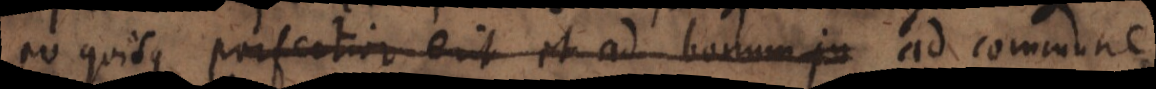
eo quisque perfectior erit et ad bonum ju ad commune